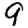
Digit: 9